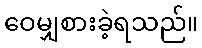
ဝေမျှစားခဲ့ရသည်။